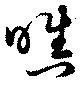
嗔